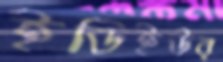
ইডিইউর